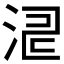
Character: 𣵬